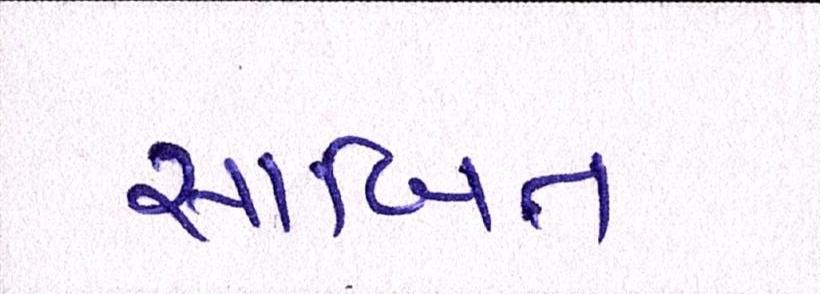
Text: સાબિત